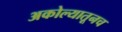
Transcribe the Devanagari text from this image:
अकोल्यातूनच